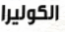
الكوليرا